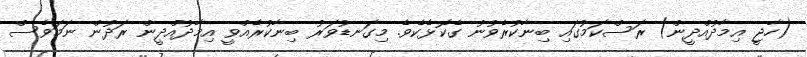
(ހާޖީ އިމާދުއްދީން) ރަސްކަމުގައި ބިނާކުރެވުނު ގެކޮޅެކެވެ. މިގަނޑުވަރު ބިނާކުރެއްވީ އިމާދުއްދީން ރަދުން ނަމަވެސް